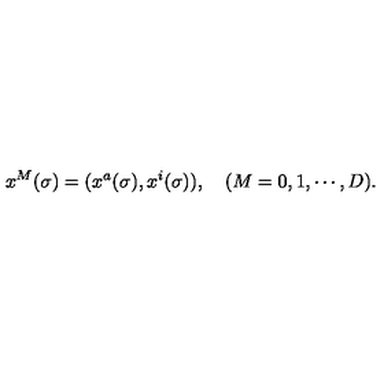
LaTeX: x ^ { M } ( \sigma ) = ( x ^ { a } ( \sigma ) , x ^ { i } ( \sigma ) ) , \quad ( M = 0 , 1 , \cdots , D ) .